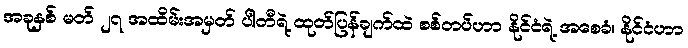
အခုနှစ် မတ် ၂၇ အထိမ်းအမှတ် ပါတီရဲ့ ထုတ်ပြန်ချက်ထဲ စစ်တပ်ဟာ နိုင်ငံရဲ့ အစေခံ၊ နိုင်ငံဟာ